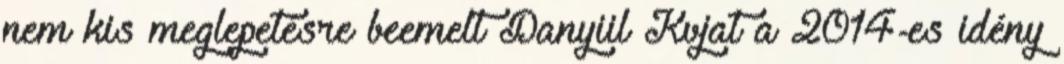
nem kis meglepetésre beemelt Danyiil Kvjat a 2014-es idény